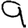
Digit: 9